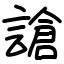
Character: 謒